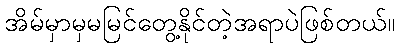
အိမ်မှာမှမမြင်တွေ့နိုင်တဲ့အရာပဲဖြစ်တယ်။